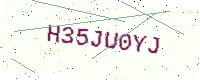
Text: H35JU0YJ